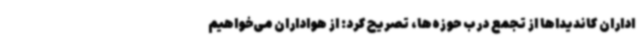
اداران کاندیداها از تجمع درب حوزه‌ها، تصریح کرد: از هواداران می‌خواهیم